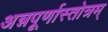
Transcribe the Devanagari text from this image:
अन्नपूर्णास्तोत्रम्